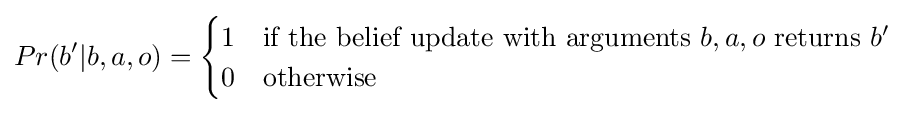
Pr(b'|b,a,o)={\begin{cases}1&{\text{if the belief update with arguments }}b,a,o{\text{ returns }}b'\\0&{\text{otherwise }}\end{cases}}